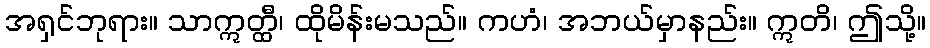
အရှင်ဘုရား။ သာဣတ္ထီ၊ ထိုမိန်းမသည်။ ကဟံ၊ အဘယ်မှာနည်း။ ဣတိ၊ ဤသို့။